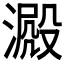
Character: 𣾮